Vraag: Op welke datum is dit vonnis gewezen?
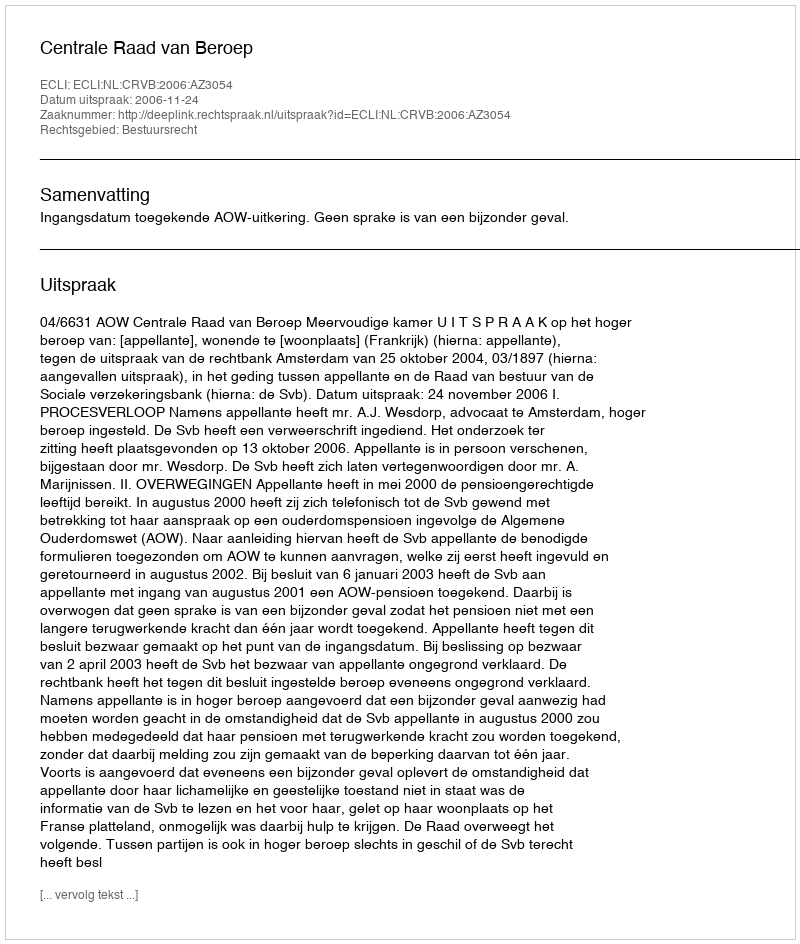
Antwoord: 2006-11-24